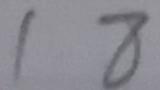
1 8